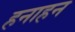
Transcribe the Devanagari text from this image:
हनाहन